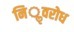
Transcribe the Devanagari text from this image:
निॢवरोध